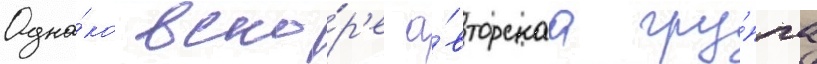
Одна́ко вско́р'е а́вторскаа гру́ппа